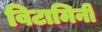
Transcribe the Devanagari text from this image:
विटामिनी